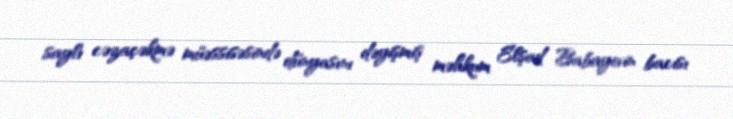
saylı cəzaçəkmə müəssisəsində dünyasını dəyişmiş məhkum Elşad Babayevin bacısı